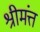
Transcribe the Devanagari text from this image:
श्रीमंत्त